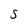
Character: S